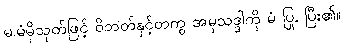
မ.မံမှိသုတ်ဖြင့် ဝိဘတ်နှင့်တကွ အမှသဒ္ဒါကို မံ ပြု, ပြီး၏။